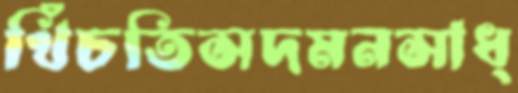
খিঁচতিসদমনসাধ্